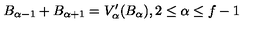
B _ { \alpha - 1 } + B _ { \alpha + 1 } = V _ { \alpha } ^ { \prime } ( B _ { \alpha } ) , 2 \leq \alpha \leq f - 1